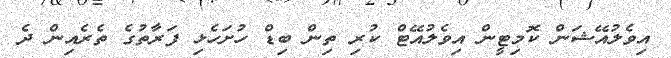
އިވެލުއޭޝަން ކޮމިޓީން އިވެލުއޭޓް ކުރި ތިން ބިޑް ހުށަހެޅި ފަރާތުގެ ތެރެއިން ދެ